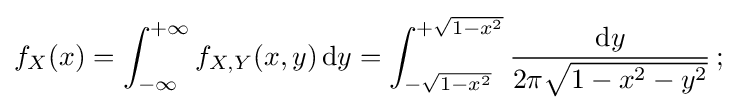
f_{X}(x)=\int _{-\infty }^{+\infty }f_{X,Y}(x,y)\,\mathrm {d} y=\int _{-{\sqrt {1-x^{2}}}}^{+{\sqrt {1-x^{2}}}}{\frac {\mathrm {d} y}{2\pi {\sqrt {1-x^{2}-y^{2}}}}}\,;